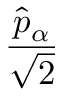
\frac { \hat { p } _ { \alpha } } { \sqrt { 2 } }